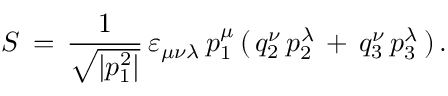
S \, = \, \frac { 1 } { \sqrt { | p _ { 1 } ^ { 2 } | } } \, \varepsilon _ { \mu \nu \lambda } \, p _ { 1 } ^ { \mu } \, ( \, q _ { 2 } ^ { \nu } \, p _ { 2 } ^ { \lambda } \, + \, q _ { 3 } ^ { \nu } \, p _ { 3 } ^ { \lambda } \, ) \, { . }